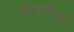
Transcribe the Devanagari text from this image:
ग्रोनडोना